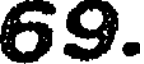
69.